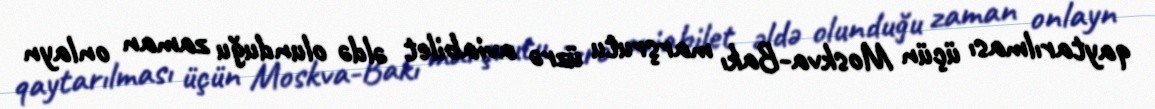
qaytarılması üçün Moskva-Bakı marşrutu üzrə aviabilet əldə olunduğu zaman onlayn